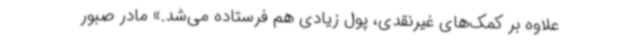
علاوه بر کمک‌های غیرنقدی، پول زیادی هم فرستاده می‌شد.» مادر صبور